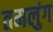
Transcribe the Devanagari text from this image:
तमलुंग